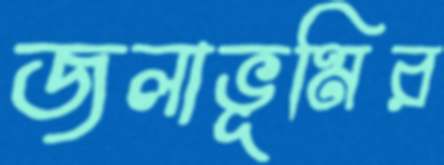
জলাভূমির